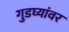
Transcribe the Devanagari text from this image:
गुडघ्यांवर